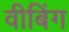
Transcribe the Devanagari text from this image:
वीबिंग